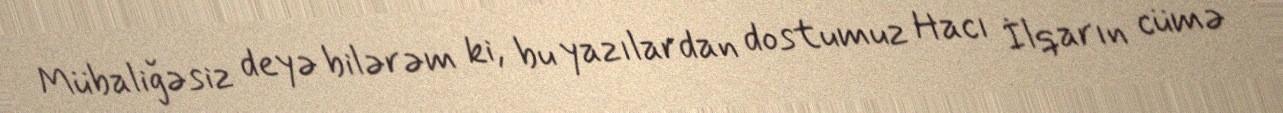
Mübaliğəsiz deyə bilərəm ki, bu yazılardan dostumuz Hacı İlqarın cümə